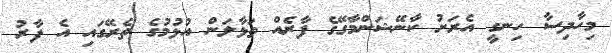
މިހާދިސާ ހިނގީ އެރަށު ކާނޭޝަންމާގޭގެ ފާރެއް ތަޅާލަން އުޅުމުގެ ތެރޭގައި އެ ފާރު